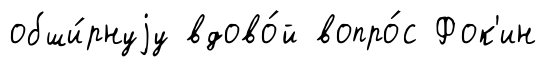
обши́рнуjу вдово́й вопро́с Фок'ин